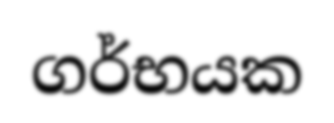
ගර්භයක